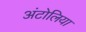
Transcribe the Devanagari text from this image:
अंटोलिया